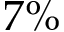
7 \%